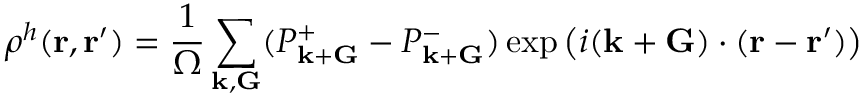
\rho ^ { h } ( { \bf r } , { \bf r ^ { \prime } } ) = \frac { 1 } { \Omega } \sum _ { { \bf k } , { \bf G } } ( P _ { { \bf k } + { \bf G } } ^ { + } - P _ { { \bf k } + { \bf G } } ^ { - } ) \exp \left( i ( { \bf k } + { \bf G } ) \cdot ( { \bf r } - { \bf r ^ { \prime } } ) \right)